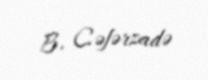
B. Cəfərzadə